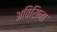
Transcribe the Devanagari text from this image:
अविसिना